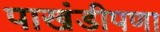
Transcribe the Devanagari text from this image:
पाखंडीपणा